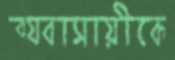
ব্যবাসায়ীকে